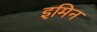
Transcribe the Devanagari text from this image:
इमिन